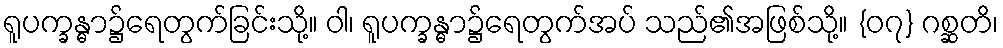
ရူပက္ခန္ဓာ၌ရေတွက်ခြင်းသို့။ ဝါ၊ ရူပက္ခန္ဓာ၌ရေတွက်အပ် သည်၏အဖြစ်သို့။ {၀၇} ဂစ္ဆတိ၊